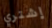
إشتري